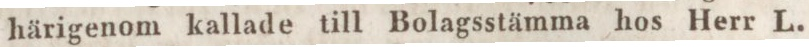
härigenom kallade till Bolagsstämma hos Herr L.